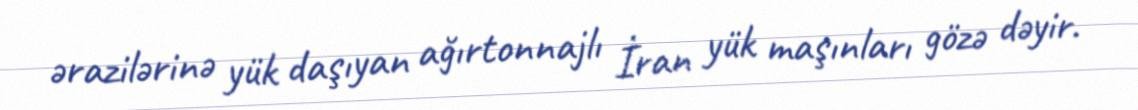
ərazilərinə yük daşıyan ağırtonnajlı İran yük maşınları gözə dəyir.